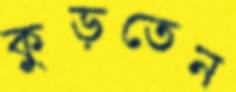
কুড়তেন